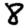
Digit: 8